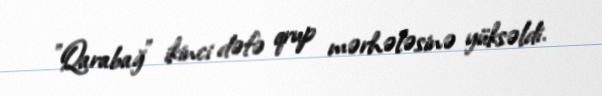
"Qarabağ" ikinci dəfə qrup mərhələsinə yüksəldi.